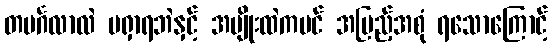
တမင်္ဂလာလဲ မရှာရဘဲနှင့် အမျိုးထဲကပင် အပြည့်အစုံ ရသောကြောင့်